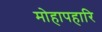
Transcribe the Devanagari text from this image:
मोहापहारि